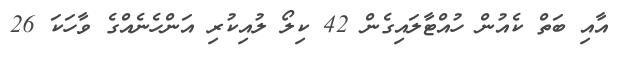
އާއި ބަތް ކެއުން ހުއްޓާލައިގެން 42 ކިލޯ ލުއިކުރި އަންހެނެއްގެ ވާހަކަ 26